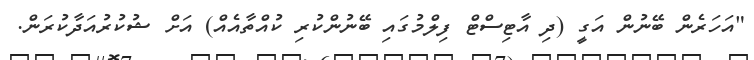
"އަހަރެން ބޭނުން އަގީ (ދި އާޓިސްޓް ފިލްމުގައި ބޭނުންކުރި ކުއްތާއެއް) އަށް ޝުކުރުއަދާކުރަން.